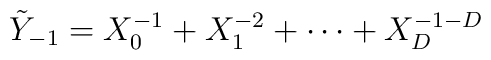
\tilde Y_{-1}= X_0^{-1} + X_1^{-2} + \cdots +X_D^{-1-D}